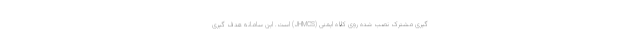
گیری مشترک نصب شده روی کلاه ایمنی (JHMCS) است. این سامانه هدف گیری